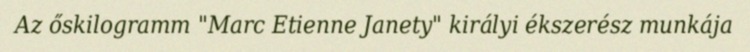
Az őskilogramm "Marc Etienne Janety" királyi ékszerész munkája